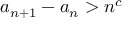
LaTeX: a _ { n + 1 } - a _ { n } > n ^ { c }